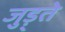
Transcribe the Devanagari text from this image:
जुड़्ते